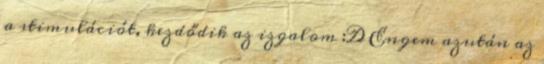
a stimulációt, kezdődik az izgalom :D Engem azután az